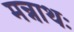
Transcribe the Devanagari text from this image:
मन्नाथः